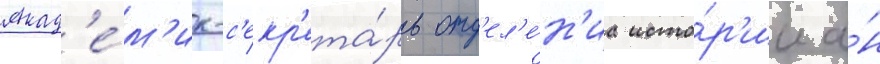
Акад'е́м'ик-с'екр'ета́рь отд'ел'е́н'иа исто́р'ии а́н